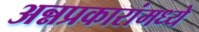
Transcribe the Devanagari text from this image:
अन्नप्रकारांमध्ये